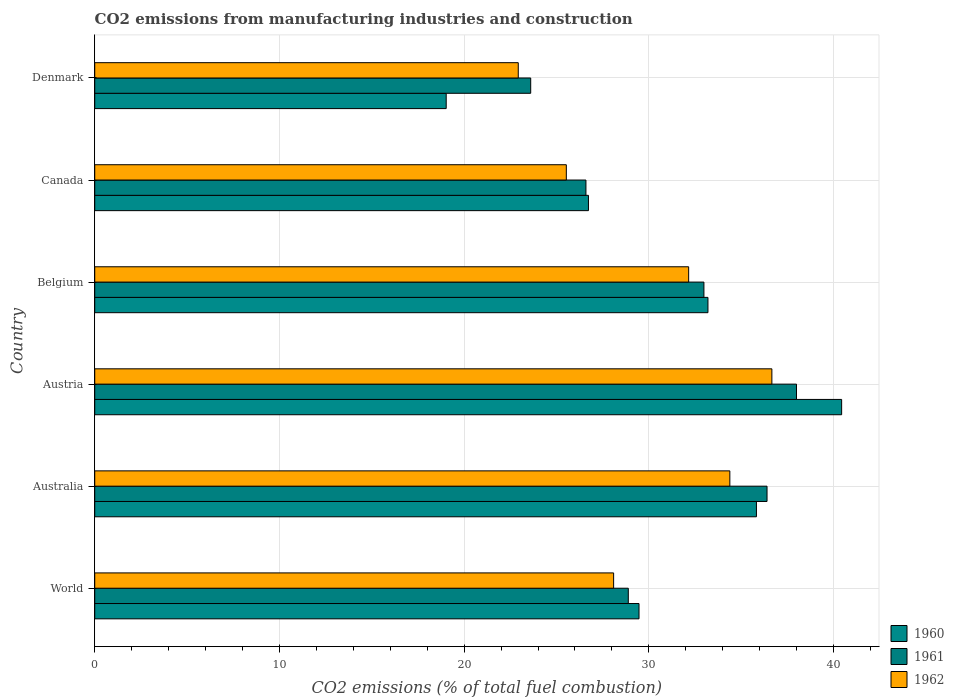
| Country | 1960 | 1961 | 1962 |
 | --- | --- | --- | --- |
 | World | 29.5 | 28.9 | 28.1 |
 | Australia | 35.8 | 36.4 | 34.4 |
 | Austria | 40.4 | 38 | 36.7 |
 | Belgium | 33.2 | 33 | 32.2 |
 | Canada | 26.7 | 26.6 | 25.5 |
 | Denmark | 19 | 23.6 | 22.9 |